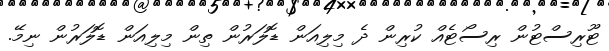
ޓޫރިސްޓުން ރިސޯޓެއް ކުރިން ދެ މިލިއަން ޑޮލަރުން ތިން މިލިއަން ޑޮލަރުން ނިމޭ.